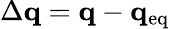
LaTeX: \Delta\mathbf{q}=\mathbf{q}-\mathbf{q}_{\mathrm{eq}}